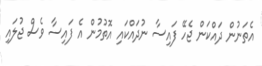
އެތަނުން ދައްކަން ޖެހޭ ފައިސާ ނުދައްކައި އޮތުމުން އެ ފައިސާ ވެސް ޖުލައި